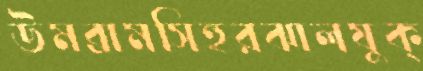
উমব্রামসিহুরঝালযুক্